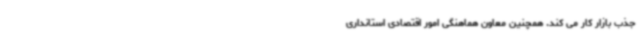
جذب بازار کار می کند. همچنین معاون هماهنگی امور اقتصادی استانداری